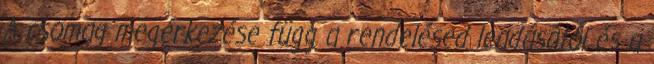
A csomag megérkezése függ a rendelésed leadásától és a